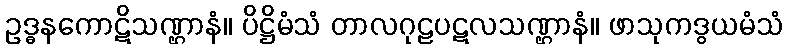
ဥဒ္ဓနကောဋိသဏ္ဌာနံ။ ပိဋ္ဌိမံသံ တာလဂုဠပဋလသဏ္ဌာနံ။ ဖာသုကဒွယမံသံ